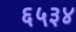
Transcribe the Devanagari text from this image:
६५३४